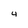
Character: 4